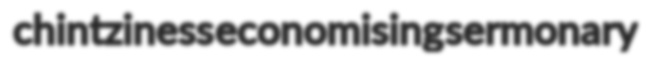
chintziness economising sermonary